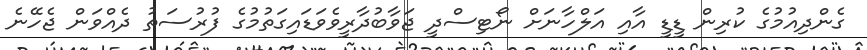
ގެންދިއުމުގެ ކުރިން ޑީޑީ އާއި އަލްހާނަށް ނޯޓިސްދީ ޖަވާބުދާރީވެވަޑައިގަތުމުގެ ފުރުސަތު ދެއްވަން ޖެހޭނެ